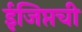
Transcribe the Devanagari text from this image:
ईजिप्तची